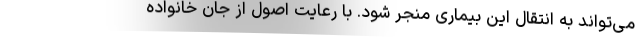
می‌تواند به انتقال این بیماری منجر شود. با رعایت اصول از جان خانواده